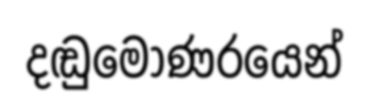
දඬුමොණරයෙන්